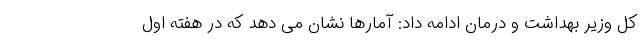
کل وزیر بهداشت و درمان ادامه داد: آمارها نشان می دهد که در هفته اول